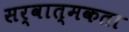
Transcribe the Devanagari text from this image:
सर्वात्मकता